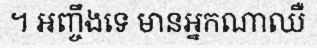
។ អញ្ចឹងទេ មានអ្នកណាឈឺ